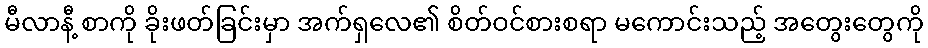
မီလာနီ့ စာကို ခိုးဖတ်ခြင်းမှာ အက်ရှလေ၏ စိတ်ဝင်စားစရာ မကောင်းသည့် အတွေးတွေကို